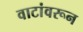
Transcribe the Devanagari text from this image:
वाटांवरून